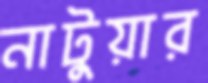
নাটুয়ার